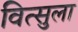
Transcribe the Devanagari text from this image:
वित्सुला